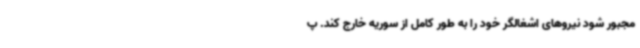
مجبور شود نیروهای اشغالگر خود را به طور کامل از سوریه خارج کند. پ